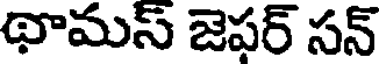
థామస్ జెపర్ సన్